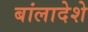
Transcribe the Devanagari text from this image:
बांलादेशे